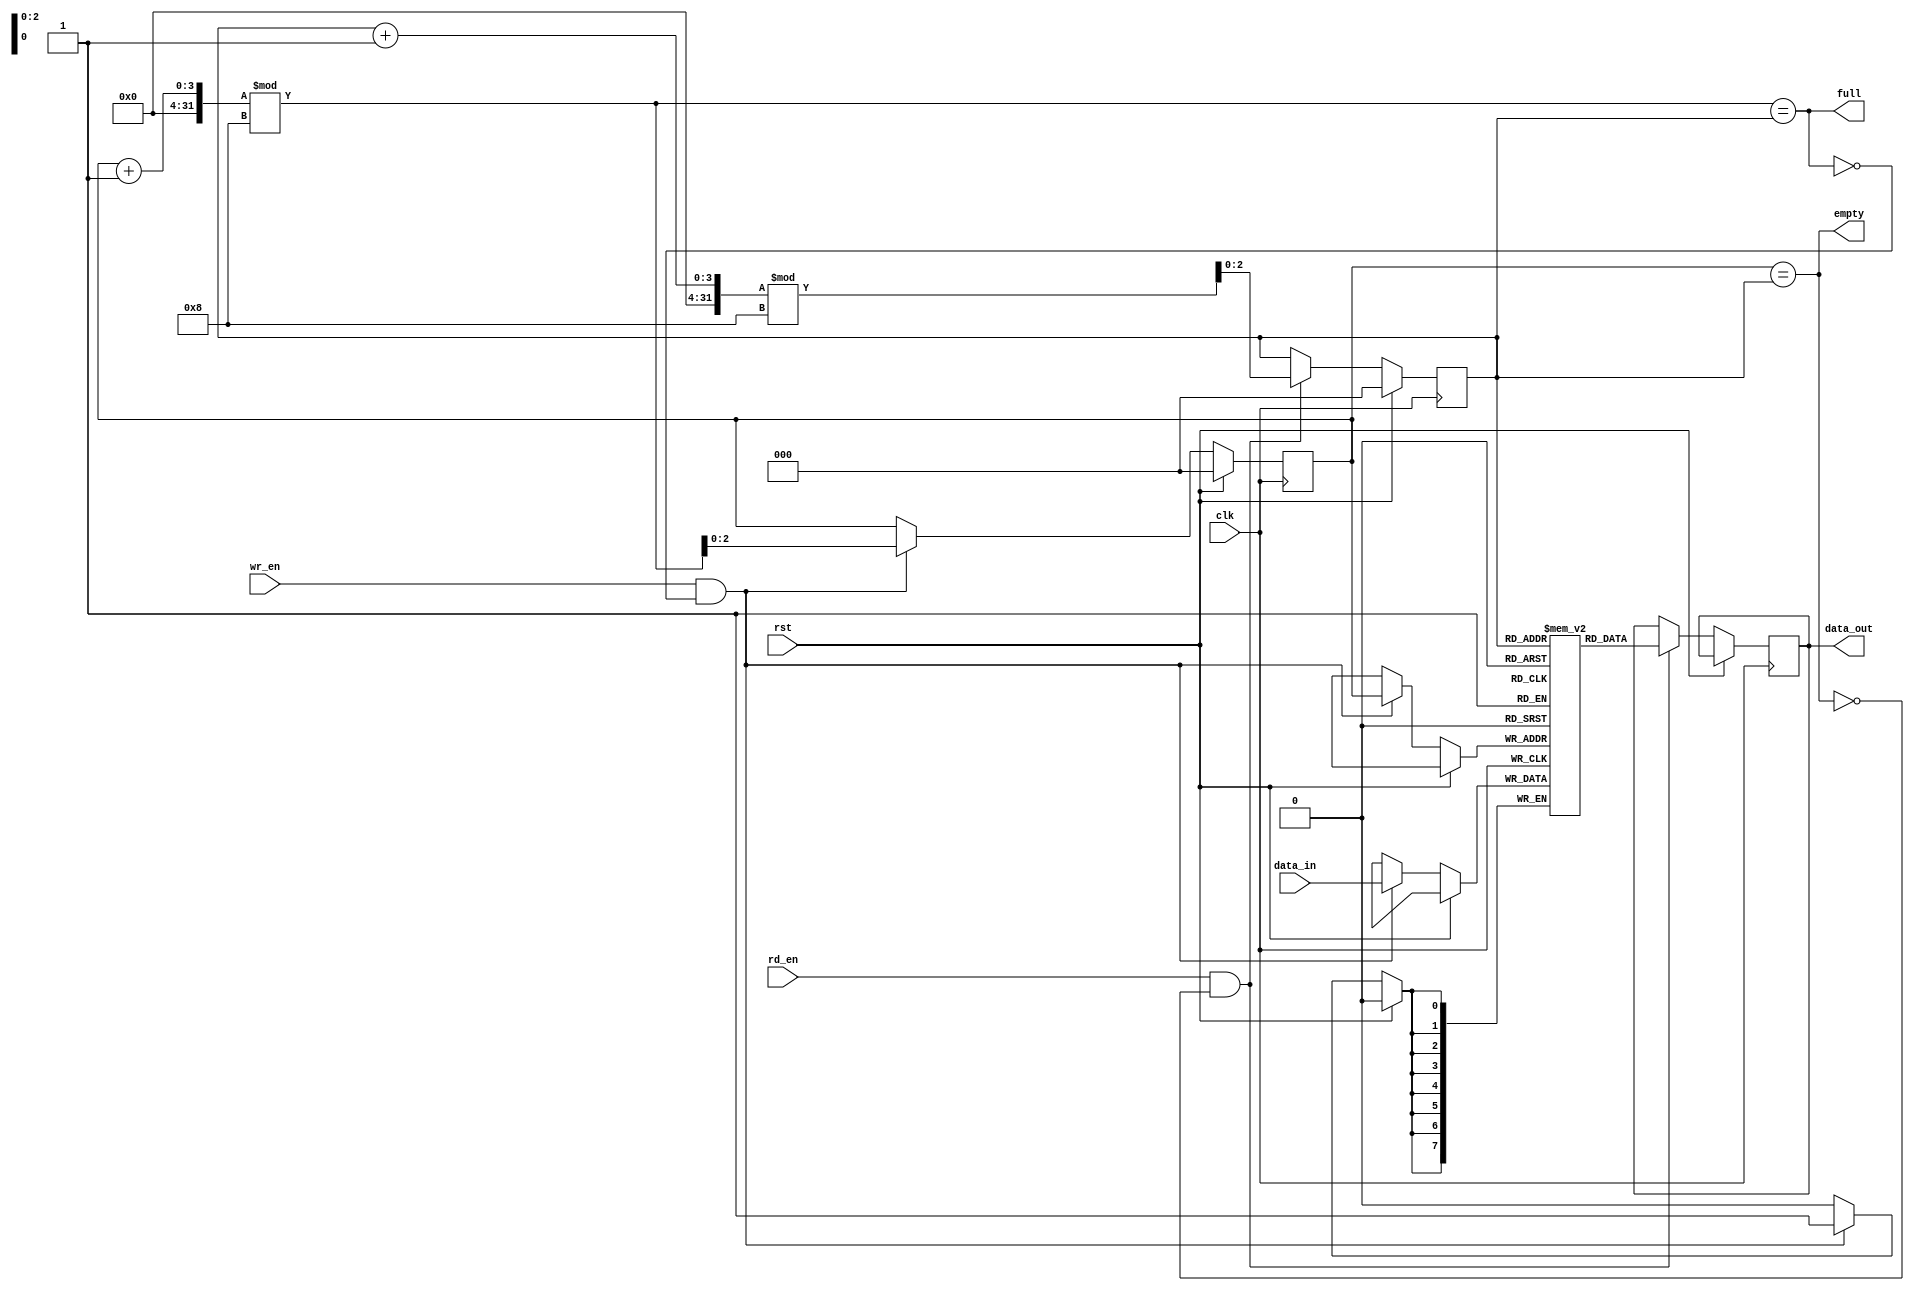
`timescale 1ns / 1ps
//////////////////////////////////////////////////////////////////////////////////
// Company: 
// Engineer: 
// 
// Design Name: 
// Module Name: BTL
// Project Name: 
// Target Devices: 
// Tool Versions: 
// Description: 
// 
// Dependencies: 
// 
// Revision:
// Revision 0.01 - File Created
// Additional Comments:
// 
//////////////////////////////////////////////////////////////////////////////////


module BTL(
  input wire clk, // clock
  input wire rst, // reset
  input wire wr_en, // write enable
  input wire rd_en, // read enable
  input wire [7:0] data_in, // input data
  output reg [7:0] data_out, // output data
  output reg empty, // FIFO empty flag
  output reg full // FIFO full flag
    );

// Define the FIFO depth (FIFO buffer size)
parameter DEPTH = 8;

// Create a register to hold the FIFO data (buffer can store 8 data 8bit-words)
reg [7:0] mem [0 : DEPTH - 1];

// wr_ptr / rd_ptr
reg [2:0] rd_idx = 0;
reg [2:0] wr_idx = 0;



// Initialize FIFO empty and full flags
always @(*) begin
  empty = (wr_idx == rd_idx);
  full = ((wr_idx + 1) % DEPTH == rd_idx);
end
    
// Write operation
always @(posedge clk) begin
  if (rst) begin
    wr_idx <= 0;
  end
  else if (wr_en && !full) begin
    mem[wr_idx] <= data_in;
    wr_idx <= (wr_idx + 1) % DEPTH;
  end
end

// Read operation
always @(posedge clk) begin
  if (rst) begin
    rd_idx <= 0;
  end
  else if (rd_en && !empty) begin
    data_out <= mem[rd_idx];
    rd_idx <= (rd_idx + 1) % DEPTH;
  end
end 
    
endmodule